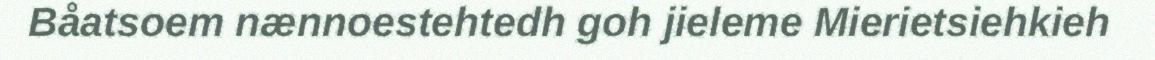
Båatsoem nænnoestehtedh goh jieleme Mierietsiehkieh